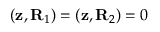
( { \bf z } , { \bf R } _ { 1 } ) = ( { \bf z } , { \bf R } _ { 2 } ) = 0